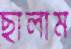
ছালাম